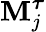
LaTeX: \textbf{M}_{j}^{\boldsymbol{\tau}}